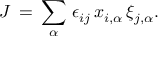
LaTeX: J \, = \, \sum _ { \alpha } \, \epsilon _ { i j } \, x _ { i , \alpha } \, \xi _ { j , \alpha } .